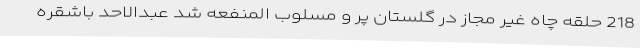
218 حلقه چاه غیر مجاز در گلستان پر و مسلوب المنفعه شد عبدالاحد باشقره